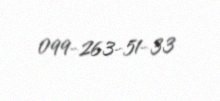
099-263-51-33